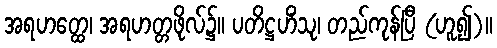
အရဟတ္ထေ၊ အရဟတ္တဖိုလ်၌။ ပတိဋ္ဌဟိံသု၊ တည်ကုန်ပြီ (ဟူ၍)။